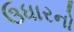
ઉધારનો